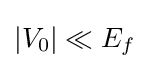
|V_{0}|\ll E_{f}